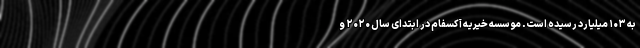
به ۱۰۳ میلیارد رسیده است. موسسه خیریه آکسفام در ابتدای سال ۲۰۲۰ و